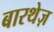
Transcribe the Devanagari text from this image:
बारथेज़